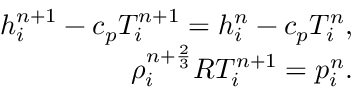
\begin{array} { r } { h _ { i } ^ { n + 1 } - c _ { p } T _ { i } ^ { n + 1 } = h _ { i } ^ { n } - c _ { p } T _ { i } ^ { n } , } \\ { { \rho } _ { i } ^ { n + \frac { 2 } { 3 } } R T _ { i } ^ { n + 1 } = p _ { i } ^ { n } . } \end{array}